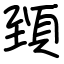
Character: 𩒐